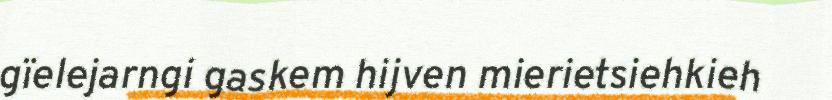
gïelejarngi gaskem hijven mierietsiehkieh